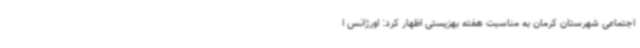
اجتماعی شهرستان کرمان به مناسبت هفته بهزیستی اظهار کرد: اورژانس ا